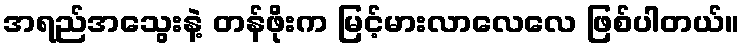
အရည်အသွေးနဲ့ တန်ဖိုးက မြင့်မားလာလေလေ ဖြစ်ပါတယ်။